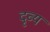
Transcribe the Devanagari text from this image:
दृव्य